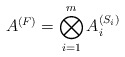
\begin{align*}A^{(F)} = \bigotimes_{i =1}^{m} A_i^{(S_i)}\end{align*}